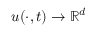
u ( \cdot , t ) \rightarrow \mathbb { R } ^ { d }